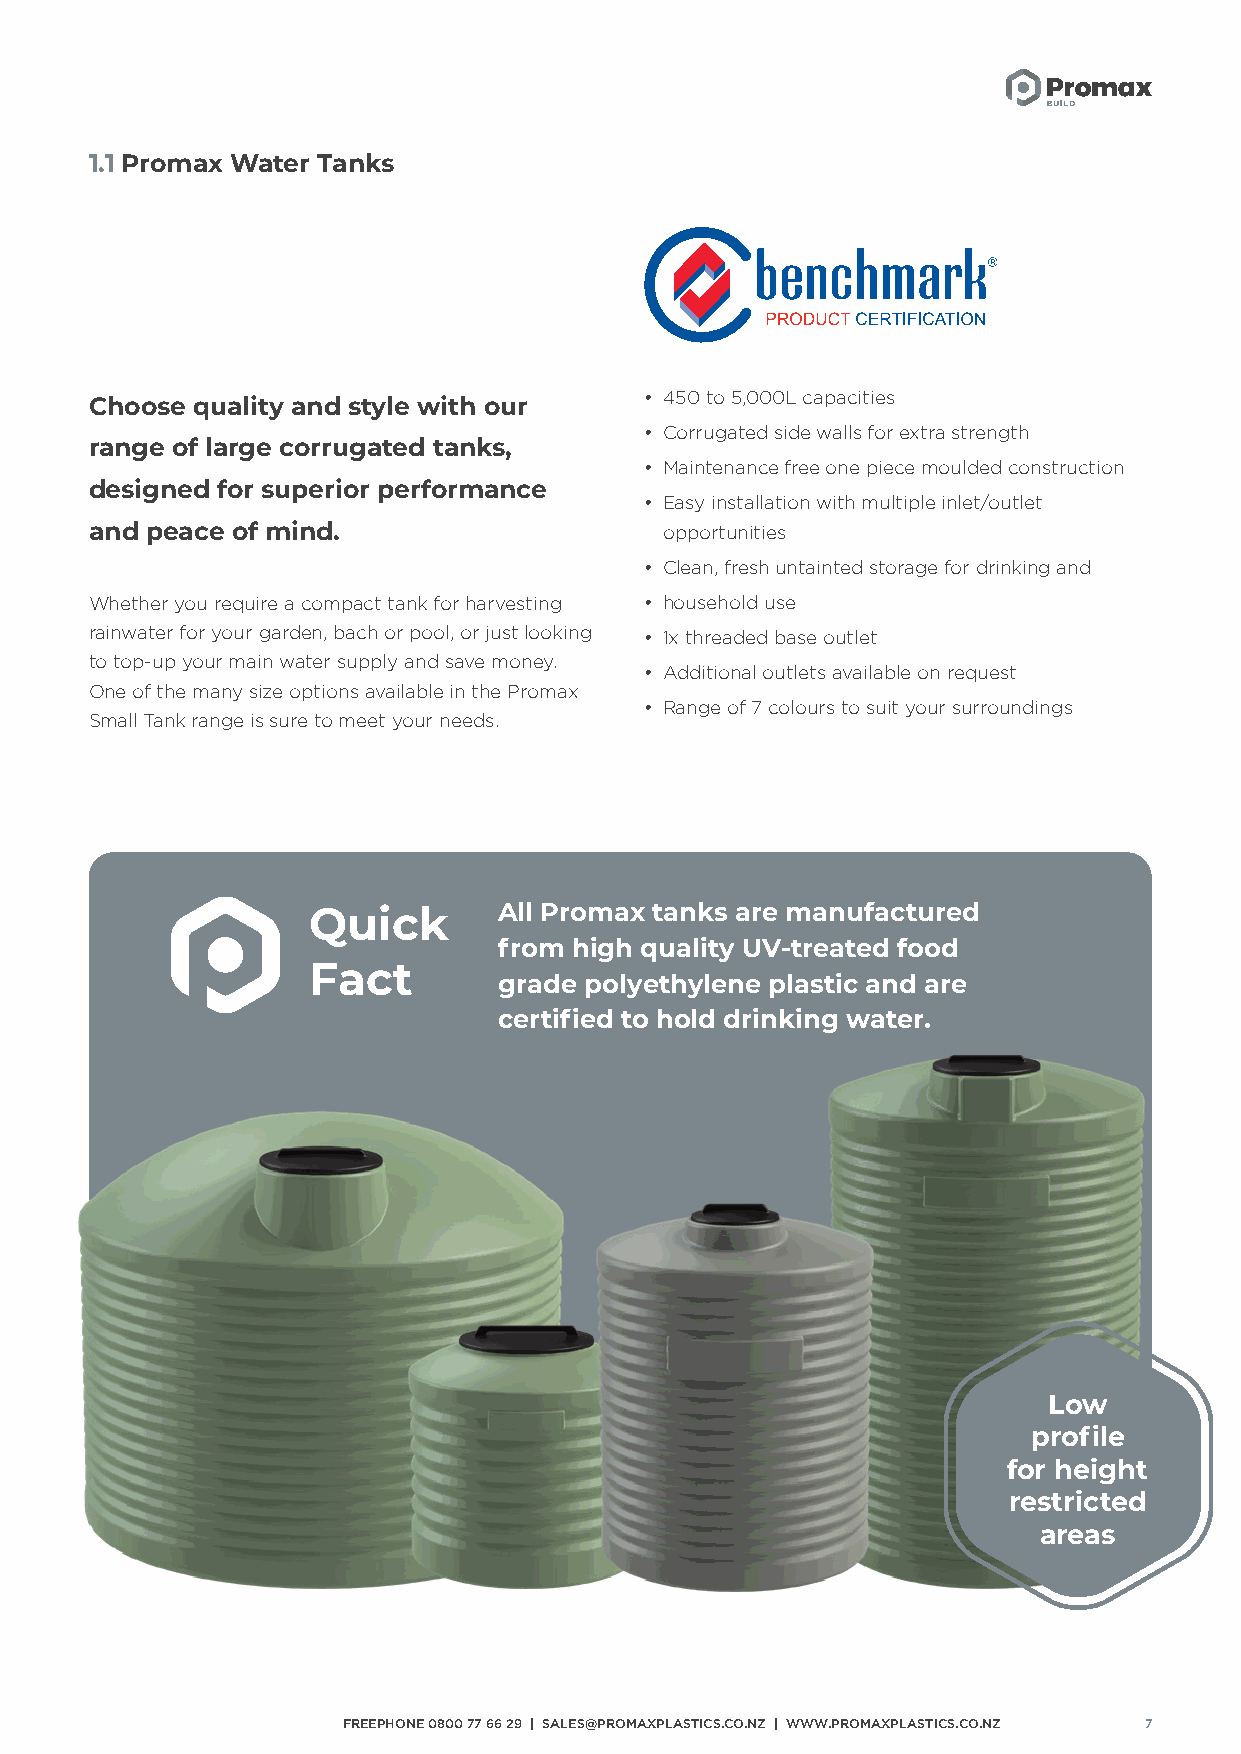
1.1 Promax Water Tanks
 • 450 to 5,000L capacities
 Choose quality and style with our
 • Corrugated side walls for extra strength
 range of large corrugated tanks,
 • Maintenance free one piece moulded construction
 designed for superior performance
 • Easy installation with multiple inlet/outlet
 and peace of mind.                    opportunities
 • Clean, fresh untainted storage for drinking and
 Whether you require a compact tank for harvesting • household use
 rainwater for your garden, bach or pool, or just looking • 1x threaded base outlet
 to top-up your main water supply and save money.
 • Additional outlets available on request
 One of the many size options available in the Promax
 • Range of 7 colours to suit your surroundings
 Small Tank range is sure to meet your needs.
 Quick        All Promax tanks are manufactured
 from high quality UV-treated food
 Fact
 grade polyethylene plastic and are
 certified to hold drinking water.
 Low
 profile
 for height
 restricted
 areas
 FREEPHONE 0800 77 66 29 | SALES@PROMAXPLASTICS.CO.NZ | WWW.PROMAXPLASTICS.CO.NZ 7